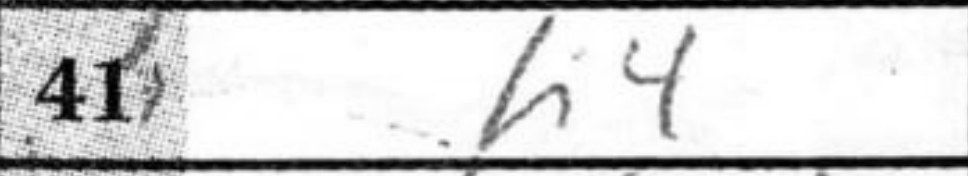
Transcription: h4